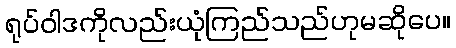
ရုပ်ဝါဒကိုလည်းယုံကြည်သည်ဟုမဆိုပေ။